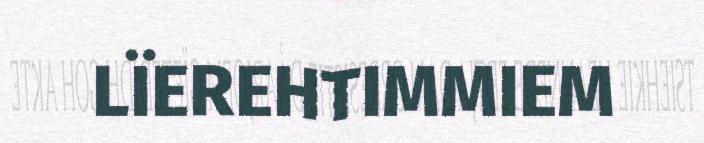
LÏEREHTIMMIEM